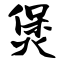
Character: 煲